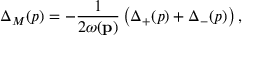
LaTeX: \Delta _ { M } ( p ) = - \frac { 1 } { 2 \omega ( \mathbf p ) } \left( \Delta _ { + } ( p ) + \Delta _ { - } ( p ) \right) ,